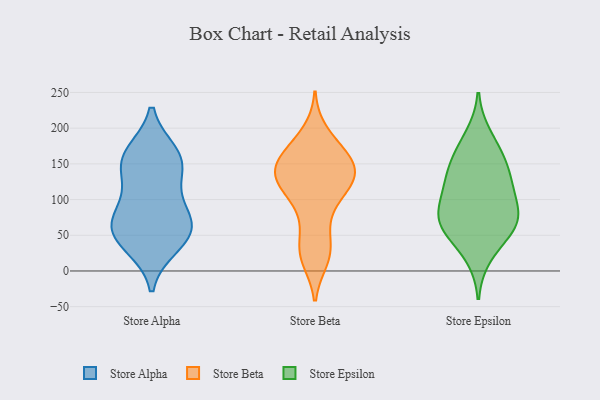
{"axis": {"x": "Active Users", "y": "Value"}, "legend": ["Store Alpha", "Store Beta", "Store Epsilon"], "data": [{"x": "", "y": 145, "type": "Store Alpha"}, {"x": "", "y": 36, "type": "Store Alpha"}, {"x": "", "y": 45, "type": "Store Alpha"}, {"x": "", "y": 61, "type": "Store Alpha"}, {"x": "", "y": 164, "type": "Store Alpha"}, {"x": "", "y": 107, "type": "Store Alpha"}, {"x": "", "y": 156, "type": "Store Alpha"}, {"x": "", "y": 156, "type": "Store Alpha"}, {"x": "", "y": 63, "type": "Store Alpha"}, {"x": "", "y": 82, "type": "Store Alpha"}, {"x": "", "y": 61, "type": "Store Alpha"}, {"x": "", "y": 145, "type": "Store Beta"}, {"x": "", "y": 24, "type": "Store Beta"}, {"x": "", "y": 164, "type": "Store Beta"}, {"x": "", "y": 134, "type": "Store Beta"}, {"x": "", "y": 120, "type": "Store Beta"}, {"x": "", "y": 108, "type": "Store Beta"}, {"x": "", "y": 138, "type": "Store Beta"}, {"x": "", "y": 168, "type": "Store Beta"}, {"x": "", "y": 118, "type": "Store Beta"}, {"x": "", "y": 70, "type": "Store Beta"}, {"x": "", "y": 23, "type": "Store Beta"}, {"x": "", "y": 175, "type": "Store Beta"}, {"x": "", "y": 139, "type": "Store Beta"}, {"x": "", "y": 17, "type": "Store Beta"}, {"x": "", "y": 143, "type": "Store Beta"}, {"x": "", "y": 40, "type": "Store Beta"}, {"x": "", "y": 193, "type": "Store Beta"}, {"x": "", "y": 91, "type": "Store Beta"}, {"x": "", "y": 127, "type": "Store Beta"}, {"x": "", "y": 151, "type": "Store Beta"}, {"x": "", "y": 73, "type": "Store Epsilon"}, {"x": "", "y": 60, "type": "Store Epsilon"}, {"x": "", "y": 113, "type": "Store Epsilon"}, {"x": "", "y": 77, "type": "Store Epsilon"}, {"x": "", "y": 165, "type": "Store Epsilon"}, {"x": "", "y": 189, "type": "Store Epsilon"}, {"x": "", "y": 21, "type": "Store Epsilon"}, {"x": "", "y": 143, "type": "Store Epsilon"}, {"x": "", "y": 80, "type": "Store Epsilon"}, {"x": "", "y": 53, "type": "Store Epsilon"}, {"x": "", "y": 114, "type": "Store Epsilon"}, {"x": "", "y": 122, "type": "Store Epsilon"}, {"x": "", "y": 153, "type": "Store Epsilon"}, {"x": "", "y": 68, "type": "Store Epsilon"}]}